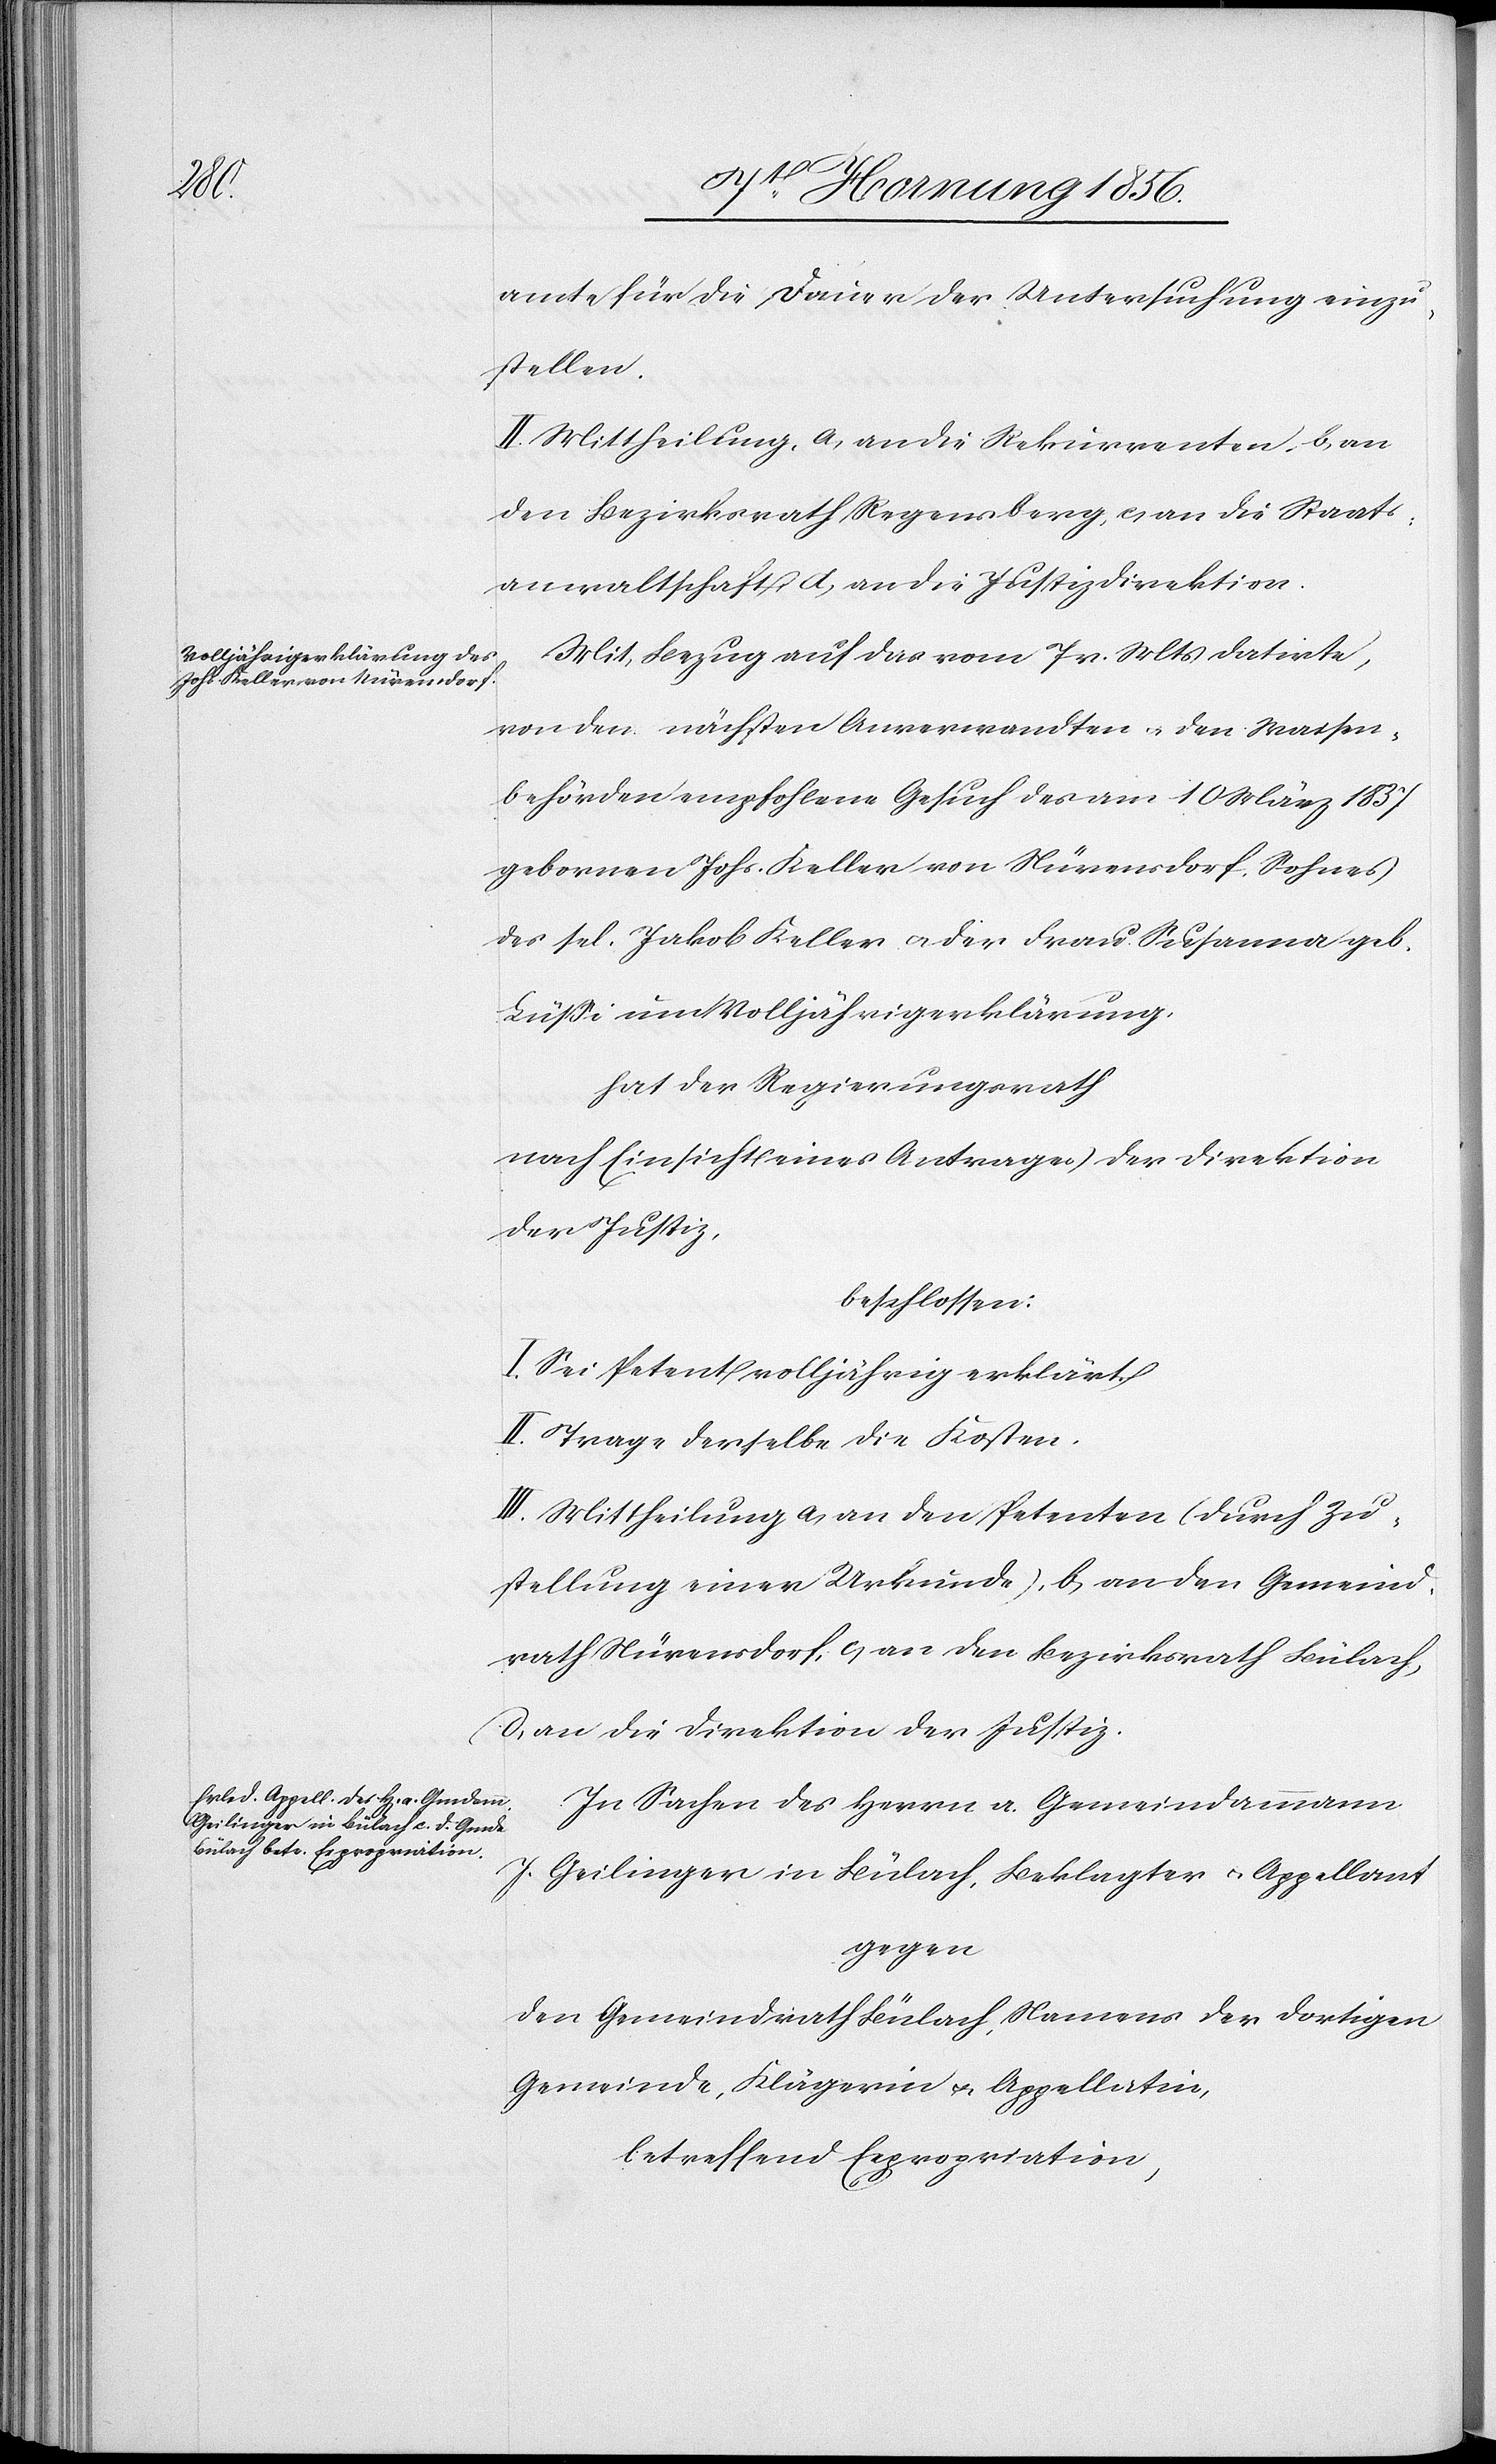
amte für die Dauer der Untersuchung einzu¬
stellen.
II. Mittheilung, a, an die Rekurrenten, b, an
den Bezirksrath Regensberg, c, an die Staats¬
anwaltschaft, d, an die Justizdirektion.
Mit Bezug auf das vom 7 v. Mts datirte,
von den nächsten Anverwandten u. den Waisen¬
behörden empfohlene Gesuch des am 10 März 1837
gebornen Johs. Keller von Nürensdorf, Sohn
des sel. Jakob Keller u. der Frau Susanna geb.
Lüße um Volljährigerklärung,
hat der Regierungsrath
nach Einsicht eines Antrages der Direktion
der Justiz,
beschlossen:
I. Sei Petent volljährig erklärt.
II. Trage derselbe die Kosten.
III. Mittheilung a, an den Petenten (durch Zu¬
stellung einer Urkunde), b, an den Gemeind¬
rath Nürensdorf, c, an den Bezirksrath Bülach,
d, an die Direktion der Justiz.
In Sachen des Herrn a. Gemeindammann
J.
Geilinger in Bülach, Beklagter u. Appellant
gegen
den Gemeinrath Bülach, Namens der dortigen
Gemeinde, Klägerin u. Appellatin,
betreffend Expropriation,